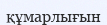
құмарлығын